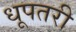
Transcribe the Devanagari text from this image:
धूपतरी